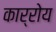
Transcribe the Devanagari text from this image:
कार्रोय